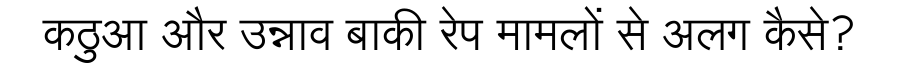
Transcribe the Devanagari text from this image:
कठुआ और उन्नाव बाकी रेप मामलों से अलग कैसे?